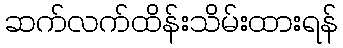
ဆက်လက်ထိန်းသိမ်းထားရန်